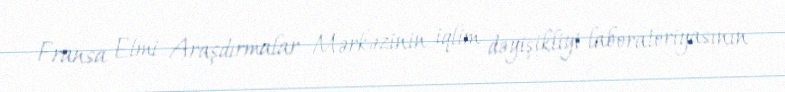
Fransa Elmi Araşdırmalar Mərkəzinin iqlim dəyişikliyi laboratoriyasının